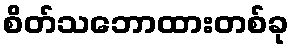
စိတ်သဘောထားတစ်ခု